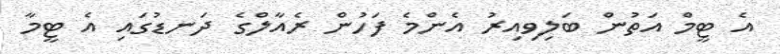
އެ ޓީމް އަތުން ބަލިވިއިރު އެންމެ ފަހުން ރެއާލްގެ ދަނޑުގައި އެ ޓީމާ